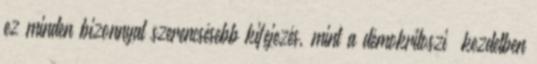
ez minden bizonnyal szerencsésebb kifejezés, mint a démokritoszi ‘kezdetben